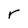
Character: r